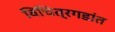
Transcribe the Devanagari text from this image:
विचित्रगडांत